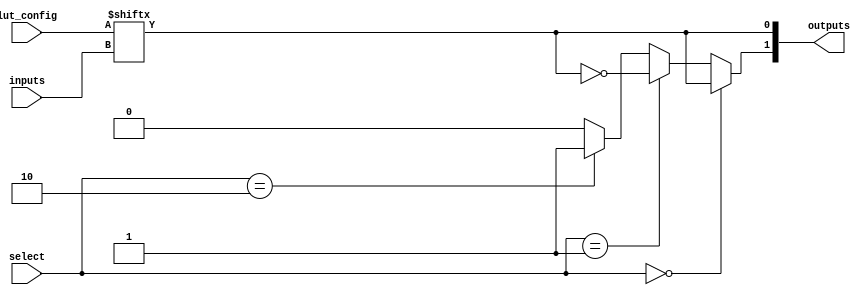
module CLB (
    input wire [3:0] inputs,       // 4-inputs for the LUT
    input wire [1:0] select,       // Select signal for multiplexers
    input wire [15:0] lut_config,   // Configuration bits for the LUT (16 bits for 4-input LUT)
    output wire [1:0] outputs       // 2 outputs from the CLB
);

// Internal signals
wire lut_output;                 // Output from the LUT
wire mux_output;                // Output from the multiplexer

// 4-input LUT implementation
// The LUT is configured using the lut_config input
assign lut_output = lut_config[{inputs[3], inputs[2], inputs[1], inputs[0]}];

// Multiplexer to select between different outputs
// For simplicity, we will assume two outputs are selected based on the select signal
assign mux_output = (select == 2'b00) ? lut_output : 
                    (select == 2'b01) ? ~lut_output : // Example of another logic function
                    (select == 2'b10) ? 1'b1 :        // Constant high
                    1'b0;                             // Constant low

// Assign outputs
assign outputs = {mux_output, lut_output}; // Output two signals

endmodule